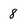
Character: 8